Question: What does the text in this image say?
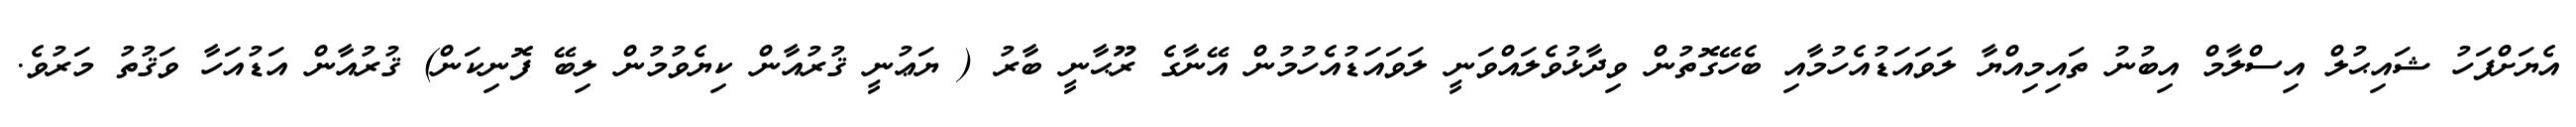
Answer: އެޔަށްފަހު ޝައިޙުލް އިސްލާމް އިބުނު ތައިމިއްޔާ ލަވައަޑުއެހުމާއި ބެހޭގޮތުން ވިދާޅުވެލައްވަނީ ލަވައަޑުއެހުމުން އޭނާގެ ރޫޙާނީ ބާރު ( ޔަޢުނީ ޤުރުއާން ކިޔެވުމުން ލިބޭ ފޮނިކަން) ޤުރުއާން އަޑުއަހާ ވަޤުތު މަރުވެ.